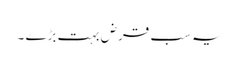
یہ سب قرض بہت بڑے ۔